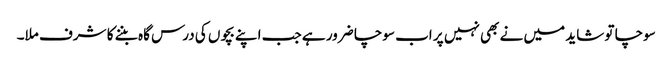
سوچا تو شاید میں نے بھی نہیں پر اب سوچا ضرور ہے جب اپنے بچوں کی درس گاہ بننے کا شرف ملا۔